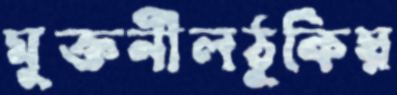
মুক্তনীলঠুকিয়